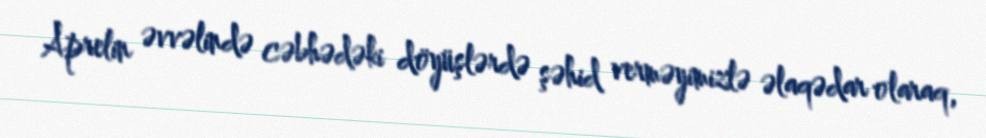
Aprelin əvvəlində cəbhədəki döyüşlərdə şəhid verməyimizlə əlaqədar olaraq,